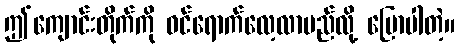
ဤကျောင်းတိုက်ကို ဝင်ရောက်လေ့လာမည်လို့ ပြောပါတဲ့။